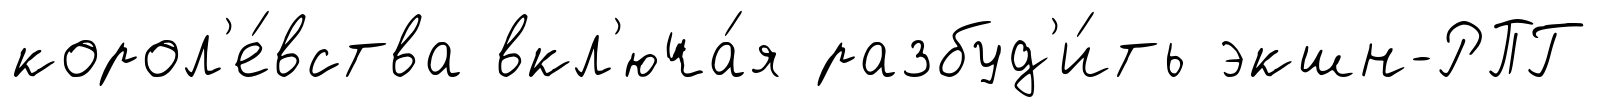
корол'е́вства вкл'юча́я разбуд'и́ть экшн-РПГ